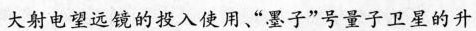
大射电望远镜的投入使用”墨子”号量子卫星的升